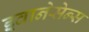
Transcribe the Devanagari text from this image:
इवानेसेन्स